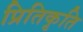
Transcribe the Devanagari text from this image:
प्रितिकृति